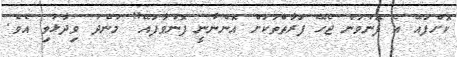
ކޮށްފައޭ އެ ފޮނުވަން ޖެހޭ ފަރާތްތަކަށް އޮންނާނީ ފޮނުވާފައޭ" މުންދު ވިދާޅުވި އެވެ.